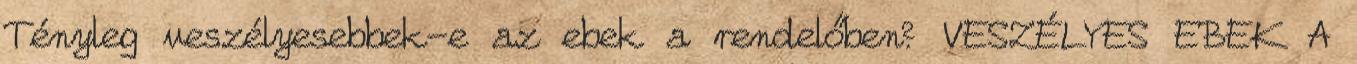
Tényleg veszélyesebbek-e az ebek a rendelőben? VESZÉLYES EBEK A